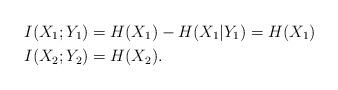
LaTeX: \begin{align*} I(X_1;Y_1) & = H(X_1) - H(X_1|Y_1) = H(X_1) \\ I(X_2;Y_2) & = H(X_2). \end{align*}